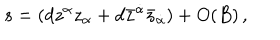
s = ( d z ^ { \alpha } z _ { \alpha } + d \bar { z } ^ { \dot { \alpha } } \bar { z } _ { \dot { \alpha } } ) + O ( B ) \, ,